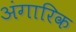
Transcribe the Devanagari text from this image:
अंगारिक